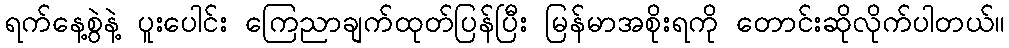
ရက်နေ့စွဲနဲ့ ပူးပေါင်း ကြေညာချက်ထုတ်ပြန်ပြီး မြန်မာအစိုးရကို တောင်းဆိုလိုက်ပါတယ်။